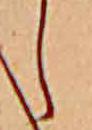
し